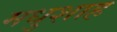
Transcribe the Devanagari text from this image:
मधुशाह